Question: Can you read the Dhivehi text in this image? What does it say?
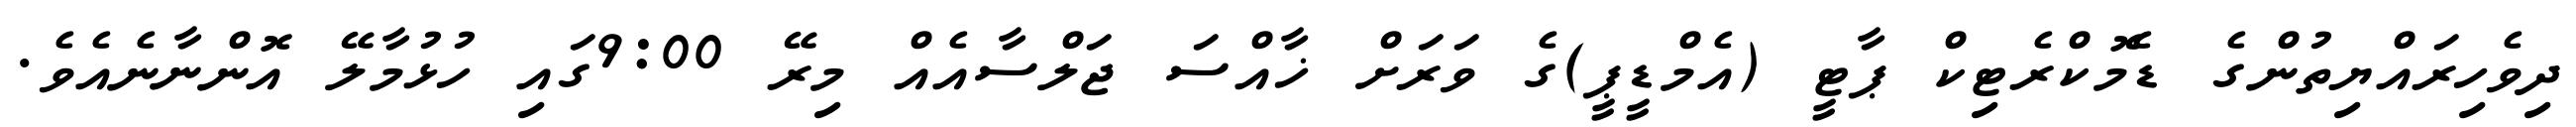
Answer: ދިވެހިރައްޔިތުންގެ ޑެމޮކްރެޓިކް ޕާޓީ (އެމްޑީޕީ)ގެ ވަރަށް ޚާއްސަ ޖަލްސާއެއް މިރޭ 9:00ގައި ހުޅުމާލޭ އޮންނާނެއެވެ.